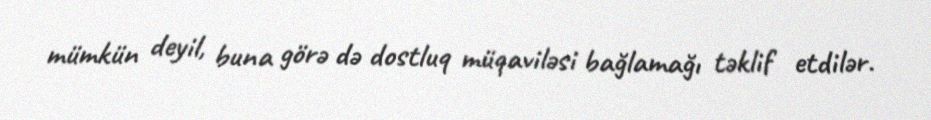
mümkün deyil, buna görə də dostluq müqaviləsi bağlamağı təklif etdilər.